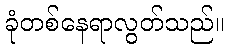
ခုံတစ်နေရာလွတ်သည်။